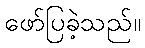
ဖော်ပြခဲ့သည်။